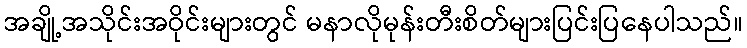
အချို့အသိုင်းအဝိုင်းများတွင် မနာလိုမုန်းတီးစိတ်များပြင်းပြနေပါသည်။